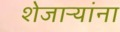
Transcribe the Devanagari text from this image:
शेजाऱ्यांना